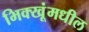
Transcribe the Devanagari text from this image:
भिक्खूंमधील